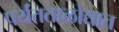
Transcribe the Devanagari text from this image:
पर्यंतताळोद्यात